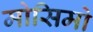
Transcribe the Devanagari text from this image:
मोसिमो